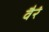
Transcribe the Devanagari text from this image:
वैरं